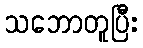
သဘောတူပြီး